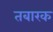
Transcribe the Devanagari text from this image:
तबारक